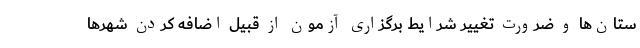
ستان‌ها و ضرورت تغییر شرایط برگزاری آزمون از قبیل اضافه کردن شهر‌ها